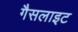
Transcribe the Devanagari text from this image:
गैसलाइट